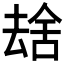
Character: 𫨮